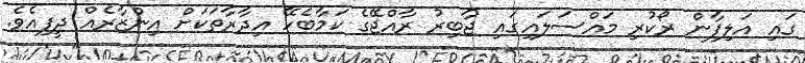
ގައި އަލިފާން ރޯކުރި މައްސަލައިގައި ޖާބިރު ރާއްޖޭގެ ކަމާބެހޭ އިދާރާތަކަށް އިންޒާރެއް ދީފިއެވެ.